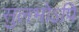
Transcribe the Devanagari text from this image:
सुलभोऽपि